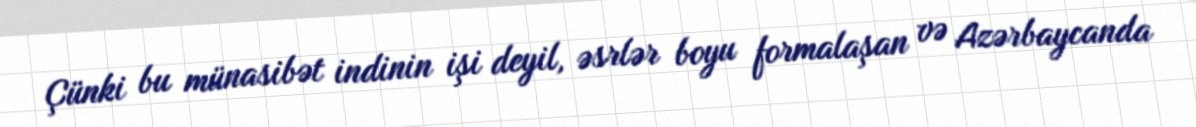
Çünki bu münasibət indinin işi deyil, əsrlər boyu formalaşan və Azərbaycanda